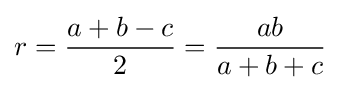
r={\frac {a+b-c}{2}}={\frac {ab}{a+b+c}}